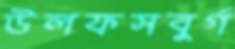
উলফসবুর্গ